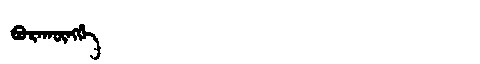
Manchu: ᠪᠣᡵᠠᡴᡡᠩᡤᡝ
Romanization: BORAKŪNGGE